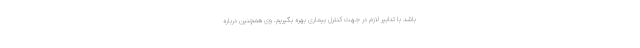
باشد با تدابیر لازم در جهت کنترل بیماری بهره بگیریم. وی همچنین درباره